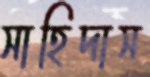
সাহিদাস